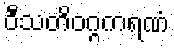
ဝီသတိဝဂ္ဂကရဏံ